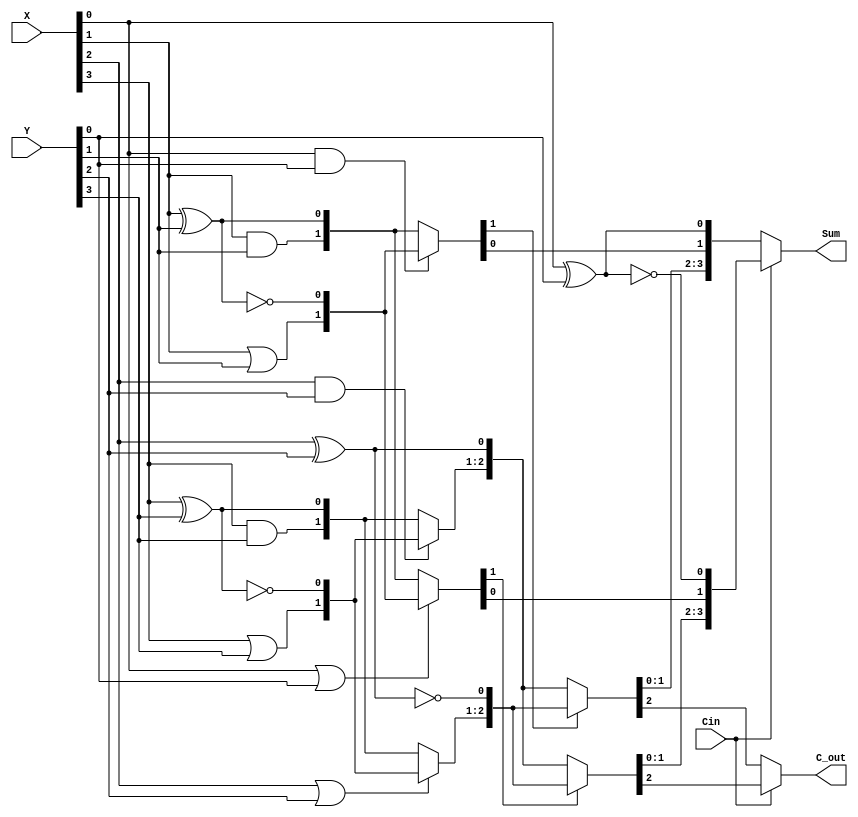
module cond_sum(input [3:0] X,Y,input Cin,output [3:0] Sum,output C_out
    );
reg [1:0] c00sum00,c01sum01,c10sum10,c11sum11,c20sum20,c21sum21,c30sum30,c31sum31;

wire [1:0]mux_out01,mux_out02,mux_out03,mux_out04;
wire [2:0]mux_out11,mux_out12;
assign Sum = Cin? {mux_out12[1:0],mux_out02[0],c01sum01[0]}:{mux_out11[1:0],mux_out01[0],c00sum00[0]};
assign C_out = Cin?mux_out12[2]:mux_out11[2]; 
assign mux_out01=c00sum00[1]?c11sum11:c10sum10,
       mux_out02=c01sum01[1]?c11sum11:c10sum10,
		 mux_out03=c20sum20[1]?c31sum31:c30sum30,
		 mux_out04=c21sum21[1]?c31sum31:c30sum30;

assign mux_out11=mux_out01[1]?{mux_out04,c21sum21[0]}:{mux_out03,c20sum20[0]},
       mux_out12=mux_out02[1]?{mux_out04,c21sum21[0]}:{mux_out03,c20sum20[0]};
always @* begin	 
cond_cell(X[0],Y[0],c00sum00,c01sum01);
cond_cell(X[1],Y[1],c10sum10,c11sum11);
cond_cell(X[2],Y[2],c20sum20,c21sum21);
cond_cell(X[3],Y[3],c30sum30,c31sum31);	 
end	 
	 
task cond_cell(input x,y, output [1:0] c0sum0,c1sum1);
reg xr;
begin 
       xr = x^y;
       c0sum0 ={x&y,xr};
       c1sum1 ={x|y,~xr}; 
		 end
endtask

endmodule